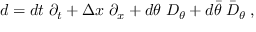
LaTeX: d = d t \; \partial _ { t } + \Delta x \; \partial _ { x } + d \theta \; { \cal D } _ { \theta } + d \bar { \theta } \; \bar { { \cal D } } _ { \theta } \; ,